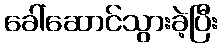
ခေါ်ဆောင်သွားခဲ့ပြီး